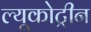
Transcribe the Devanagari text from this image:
ल्यूकोट्रीन